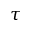
\tau